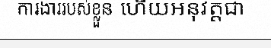
ការងាររបស់ខ្លួន ហើយអនុវត្តជា